Calcutta medical institutions reports 1879-81 [i.e.91]
Year: 1879
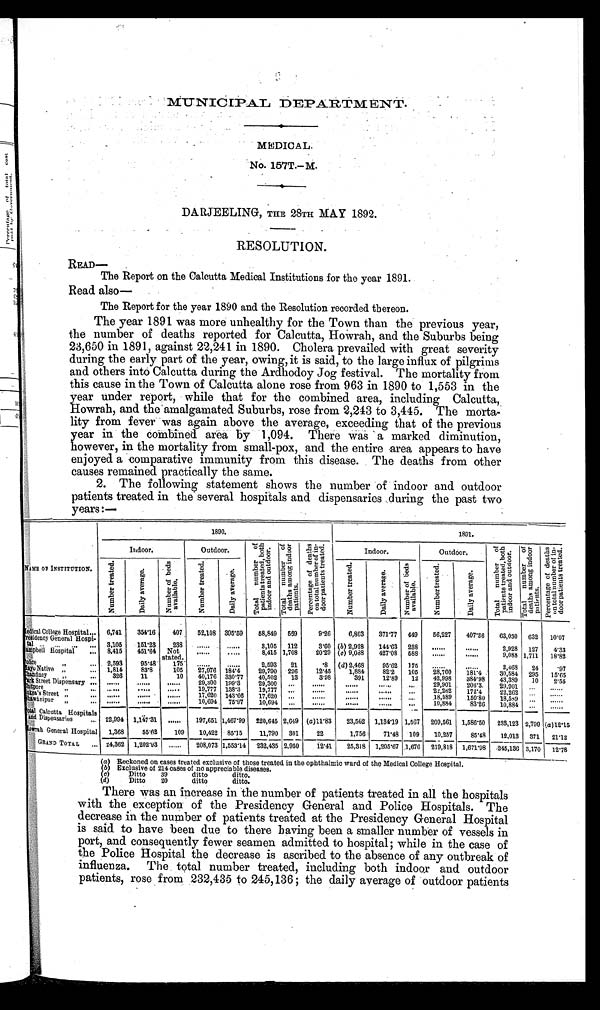
MUNICIPAL DEPARTMENT.
MEDICAL.
No. 157T.-M.
DARJEELING, THE 28TH MAY 1892.
RESOLUTION.
READ—
The Report on the Calcutta Medical Institutions for the year 1891.
Read also —
The Report for the year 1890 and the Resolution recorded thereon.
The year 1891 was more unhealthy for the Town than the previous year,
the number of deaths reported for Calcutta, Howrah, and the Suburbs being
23,650 in 1891, against 22,241 in 1890. Cholera prevailed with great severity
during the early part of the year, owing, it is said, to the large influx of pilgrims
and others into Calcutta during the Ardhodoy Jog festival. The mortality from
this cause in the Town of Calcutta alone rose from 963 in 1890 to 1,553 in the
year under report, while that for the combined area, including Calcutta,
Howrah, and the amalgamated Suburbs, rose from 2,243 to 3,445. The morta-
lity from fever was again above the average, exceeding that of the previous
year in the combined area by 1,094. There was a marked diminution,
however, in the mortality from small-pox, and the entire area appears to have
enjoyed a comparative immunity from this disease. The deaths from other
causes remained practically the same.
2. The following statement shows the number of indoor and outdoor
patients treated in the several hospitals and dispensaries during the past two
years:—
NAME OF INSTITUTION.
1 8 9 0 .
1891.
Indoor.
Outdoor.
T o t a l n u m b e r o f p a t i e n t s t r e a t e d , b o t h i n d o o r a n d o u t d o o r .
T o t a l n u m b e r o f d e a t h s a m o n g i n d o o r p a t i e n t s .
P e r c e n t a g e o f d e a t h s o n t o t a l n u mb e r o f i n - d o o r p a t i e n t s t r e a t e d .
Indoor.
Outdoor.
T o t a l n u m b e r o f p a t i e n t s t r e a t e d , b o t h i n d o o r a n d o u t d o o r .
T o t a l n u m b e r o f d e a t h s a m o n g i n d o o r p a t i e n t s .
P e r c e n t a g e o f d e a t h s o n t o t a l n u m b e r o f i n - d o o r p a t i e n t s t r e a t e d .
N u m b e r t r e a t e d .
D a i l y a v e r a g e .
N u m b e r o f b e d s a v a i l a b l e .
N u m b e r t r e a t e d .
Da i l y a ve r a ge .
N u m b e r t r e a t e d .
D a i l y a v e r a g e .
N u m b e r o f b e d s a v a i l a b l e .
N u m b e r t r e a t e d .
D a i l y a v e r a g e .
M e d i c a l C o l l e g e H o s p i t a l
. . .
6,741
354.16
407
52,108 395.59
58,849
569
9.26
6,803
371.77
449
56,227
407.36
63,030
632
10.07
Presidency General Hospi-
tal ...
. . .
. . .
. . . 3,105
151.23
238
...... ......
3,105 112
3.60 (b) 2,928
144.63 238
......
. . . . . .
2,928 127
4.33
Campbell Hospital
... 8,415
451.64 Not
stated.
......
.....
8,415 1,708
20.29 ( c) 9,088
427.08 588
......
. . . . . .
9,088 1,711
18.82
Police ,,
...
2,593
95.48
175
...... ...... 2,593 21
.8 ( d) 2,468
95.62 175
......
. . . . . .
2,468
24
.97
M a y o
N a t i v e „
...
1,814
83.8
105
27,976 184.4
29,790 226
12.45
1,884
82.2
105
28,700
181.4
30,584 295
15.65
C h a n d n e y „
...
326
1 1
10
40,176 330.77
40,502
13
3.98
391
12.89
12
42,998
384.98
43,389
10
2.55
Park Street Dispensary ... ......
. . . . . .
. . . . . . 29,300 199.3 29,300
. . .
. . . . . .
. . . . . .
. . . . . .
. . .
29,901
206.3
29,901 ...
......
C h i t p o r e , ,
. . .
. . . . . .
. . . . . .
. . . . . .
1 9 , 7 7 7 138.3
19,777 ...
. . . . . .
. . . . . .
. . . . . .
. . .
22,262
172.4
22,262
. . .
. . . . . .
Sukea's Street ,,
...
......
. . . . . . . . . . . . 17,620 143.66 17,620
. . .
. . . . . .
. . . . . .......
. . .
18,589
150.80
18,589
...
......
B h a w á n i p u r „
. . .
......
. . . . . . . . . . . . 10,694 75.97 10,694
. . .
. . . . . .
. . . . . .......
. . .
10,884
83.26
10,884 ...
......
Total Calcutta Hospitals
and Dispensaries
. . . 22,994 1,147.31 ......
197,651 1,467.99
220,645 2,649 (a)11.83
23,562
1,134.19 1,567
209,561
1,586.50
233,123 2,799 (a )12.15
Howrah General Hospital 1,368
55.62
109
10,422 85.15
11,790 301
22
1,756
71.48 109
10,257
85.48
12,013 371
21.12
GRAND TOTAL
... 24,362 1,202.93 ......
208,073 1,553.14 232,435 2,950
12.41
25,318 1,205.67 1,676 219,818 1,671.98 245,136 3,170 12.78
( a ) R e c k o n e do
n
c a s e s t r e a t e d
e x c l u s i v e o ft
h o s e t r e a t e d
i n t h eo
p h t h a l m i c w a r d
o f
t h e M e d i c a l C o l l e g e H o s p i t a l .
(b) Exclusive of 214 cases of no appreciable diseases.
(
c
) D
i t t o 3 9
d i t t o d i t t o .
(
d
) D i t t o 2 0 d i t t o d i t t o .
There was an increase in the number of patients treated in all the hospitals
with the exception of the Presidency General and Police Hospitals. The
decrease in the number of patients treated at the Presidency General Hospital
is said to have been due to there having been a smaller number of vessels in
port, and consequently fewer seamen admitted to hospital; while in the case of
the Police Hospital the decrease is ascribed to the absence of any outbreak of
influenza. The total number treated, including both indoor and outdoor
patients, rose from 232,435 to 245,136; the daily average ofoutdoor patients